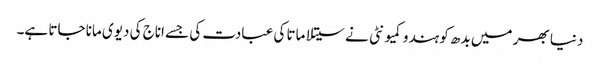
دنیا بھر میں بدھ کو ہندو کمیونٹی نے سیتلا ماتا کی عبادت کی جسے اناج کی دیوی مانا جاتا ہے۔